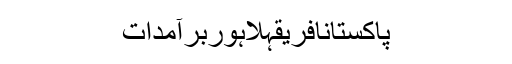
پاکستانافریقہلاہوربرآمدات